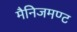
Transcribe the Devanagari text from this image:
मैनिजमण्ट